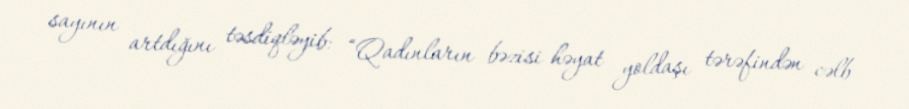
sayının artdığını təsdiqləyib: “Qadınların bəzisi həyat yoldaşı tərəfindən cəlb